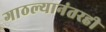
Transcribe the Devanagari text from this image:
गाठल्यानंतरही